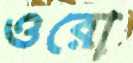
ওরো